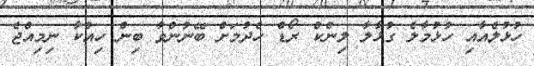
ހުޅުލެއާއި ހުޅުމާލެ ގުޅާލާ ލިންކް ރޯޑް ހެދުމަށް ބޭނުންވާ ބިން ހިއްކާ ނިމިއްޖެ